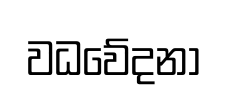
වධවේදනා